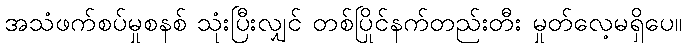
အသံဖက်စပ်မှုစနစ် သုံးပြီးလျှင် တစ်ပြိုင်နက်တည်းတီး မှုတ်လေ့မရှိပေ။